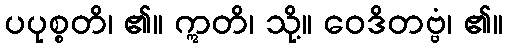
ပပုစ္စတိ၊ ၏။ ဣတိ၊ သို့။ ဝေဒိတဗ္ဗံ၊ ၏။